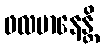
ဖလမာနေန္တိ